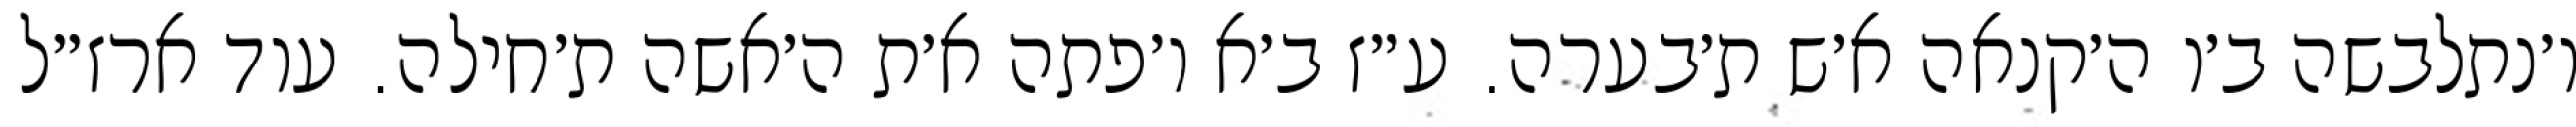
ו׳נתלבשה ב׳ו ה׳קנאה א׳ש ת׳בערה. ע״ז ב׳א ו׳פתה א׳ת ה׳אשה ת׳חילה. עוד ארז״ל